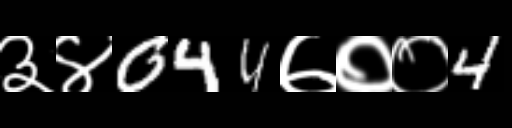
Text: ३४044७००4